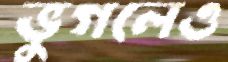
ভুগলেও